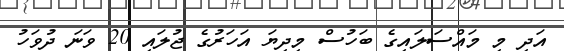
އަދި މި މައްސަލައިގެ ބަހުސް މިދިޔަ އަހަރުގެ ޖުލައި 20 ވަނަ ދުވަހު